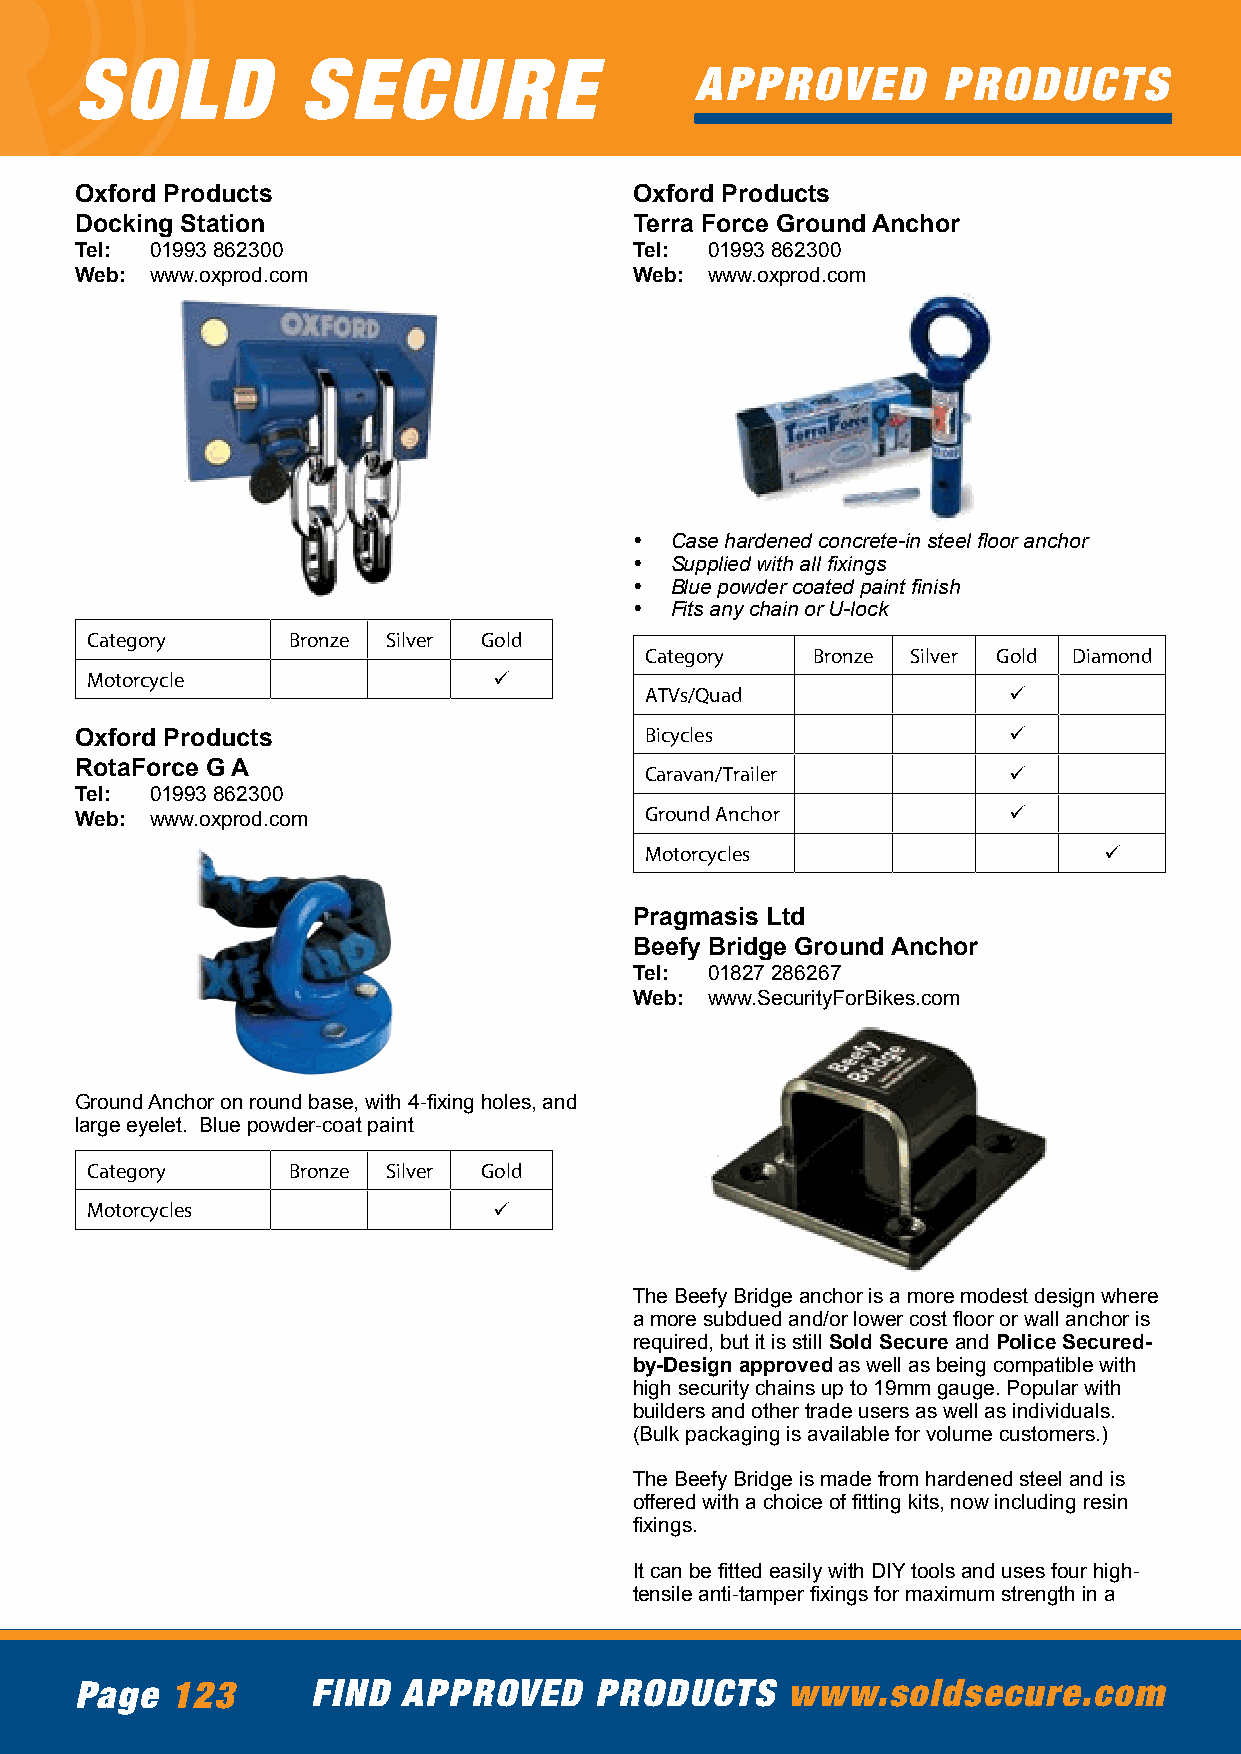
SOLD           SECURE
 APPROVED        PRODUCTS
 Oxford Products                      Oxford Products
 Docking Station                      Terra Force Ground Anchor
 Tel: 01993 862300                    Tel: 01993 862300
 Web: www.oxprod.com                  Web: www.oxprod.com
 • Case hardened concrete-in steel floor anchor
 • Supplied with all fixings
 • Blue powder coated paint finish
 • Fits any chain or U-lock
 Category     Bronze Silver Gold
 Category   Bronze Silver Gold Diamond
 Motorcycle                 ü
 ATVs/Quad               ü
 Oxford Products                       Bicycles                ü
 RotaForce G A                         Caravan/Trailer         ü
 Tel: 01993 862300
 Ground Anchor           ü
 Web: www.oxprod.com
 Motorcycles                   ü
 Pragmasis Ltd
 Beefy Bridge Ground Anchor
 Tel: 01827 286267
 Web: www.SecurityForBikes.com
 Ground Anchor on round base, with 4-fixing holes, and
 large eyelet. Blue powder-coat paint
 Category     Bronze Silver Gold
 Motorcycles                ü
 The Beefy Bridge anchor is a more modest design where
 a more subdued and/or lower cost floor or wall anchor is
 required, but it is still Sold Secure and Police Secured-
 by-Design approved as well as being compatible with
 high security chains up to 19mm gauge. Popular with
 builders and other trade users as well as individuals.
 (Bulk packaging is available for volume customers.)
 The Beefy Bridge is made from hardened steel and is
 offered with a choice of fitting kits, now including resin
 fixings.
 It can be fitted easily with DIY tools and uses four high-
 tensile anti-tamper fixings for maximum strength in a
 Page  123       FIND  APPROVED    PRODUCTS     www.soldsecure.com